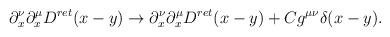
LaTeX: \begin{align*}\partial_x^\nu\partial^\mu_x D^{ret}(x-y) \rightarrow\partial_x^\nu\partial^\mu_x D^{ret}(x-y)+Cg^{\mu \nu} \delta(x-y).\end{align*}